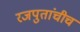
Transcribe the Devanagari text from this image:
रजपुतांचीच